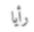
رأيا